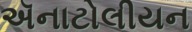
ઍનાટોલીયન